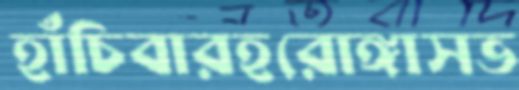
হাঁচিবারহরোঙ্গাসভ